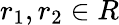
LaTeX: r_{1},r_{2}\in R